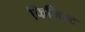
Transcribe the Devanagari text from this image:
फिजिस्ट